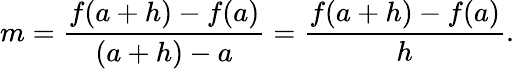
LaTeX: m={\frac{f(a+h)-f(a)}{(a+h)-a}}={\frac{f(a+h)-f(a)}{h}}.